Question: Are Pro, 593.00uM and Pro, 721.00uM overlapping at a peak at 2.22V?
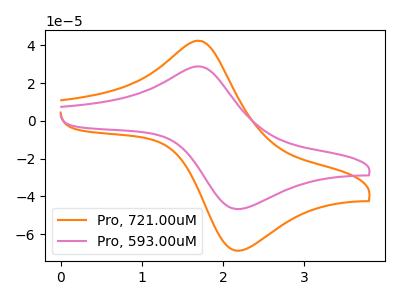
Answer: <think>The orange curve "Pro, 721.00uM" has an anodic peak at (1.70V, 42.35uA) and a cathodic peak at (2.20V, -68.55uA). The pink curve "Pro, 593.00uM" has an anodic peak at (1.70V, 28.75uA) and a cathodic peak at (2.20V, -46.55uA).</think>
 <answer>Yes, "Pro, 593.00uM" and "Pro, 721.00uM" share a peak at 2.22V.</answer>
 <eval>match</eval>